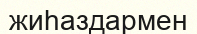
жиһаздармен